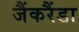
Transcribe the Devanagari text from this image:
जैंकरैंडा